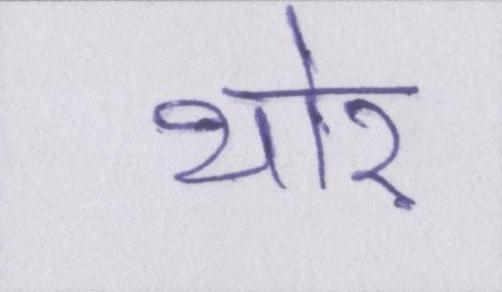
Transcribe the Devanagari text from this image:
थोर